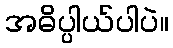
အဓိပ္ပါယ်ပါပဲ။